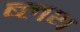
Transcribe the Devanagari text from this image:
ब्लथ